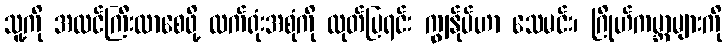
သူ့ကို အထင်ကြီးလာစေဖို့ လက်ရုံးအစုံကို ထုတ်ပြရင်း ကျွန်ုပ်ဟာ သေမင်း၊ ဂြိုဟ်ကမ္ဘာများကို